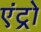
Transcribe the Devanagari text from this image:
एंट्रो